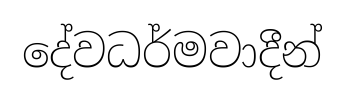
දේවධර්මවාදීන්